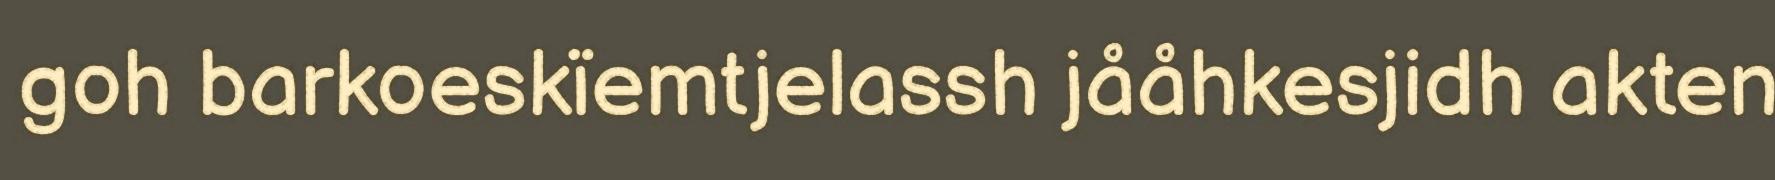
goh barkoeskïemtjelassh jååhkesjidh akten